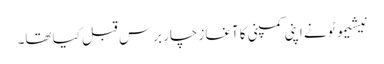
نیشیموٹو نے اپنی کمپنی کا آغاز چار برس قبل کیا تھا۔